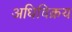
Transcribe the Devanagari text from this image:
अधिविक्रय